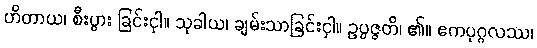
ဟိတာယ၊ စီးပွား ခြင်းငှါ။ သုခါယ၊ ချမ်းသာခြင်းငှါ။ ဥပ္ပဇ္ဇတိ၊ ၏။ ဧကပုဂ္ဂလဿ၊